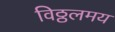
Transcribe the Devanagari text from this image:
विठ्ठलमय